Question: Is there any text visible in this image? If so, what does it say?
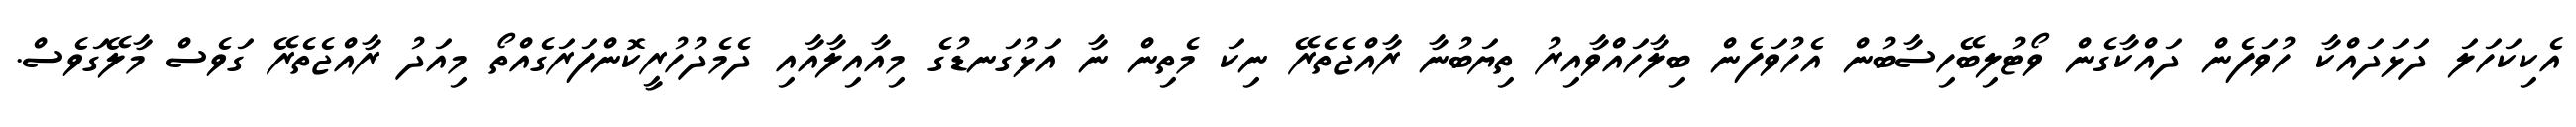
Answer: އެކިކަހަލަ ދަޅަދައްކާ ހުވަފެން ދައްކާގެން ވޯޓުލިބޭހިސާބުން އެހުވަފެން ބިލާހައްވާއިރު ތިޔަބުނާ ރާއްޖެތެރޭ ނިކަ މެތިން ނާ އަޅުގަނޑުގެ މިއާއިލާއާއި ދެމެދުހުރީކޮންފަރަގެއްތޯ މިއަދު ރާއްޖެތެރޭ ގަވެސް މާލޭގަވެސް.